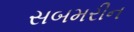
સબમરીન